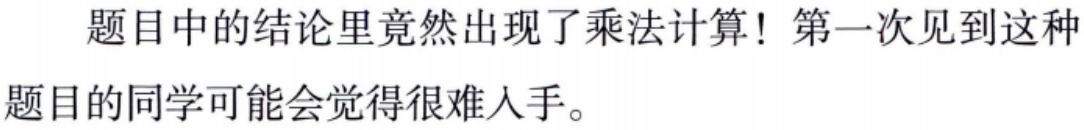
题目中的结论里竟然出现了乘法计算！第一次见到这种题目的同学可能会觉得很难入手。